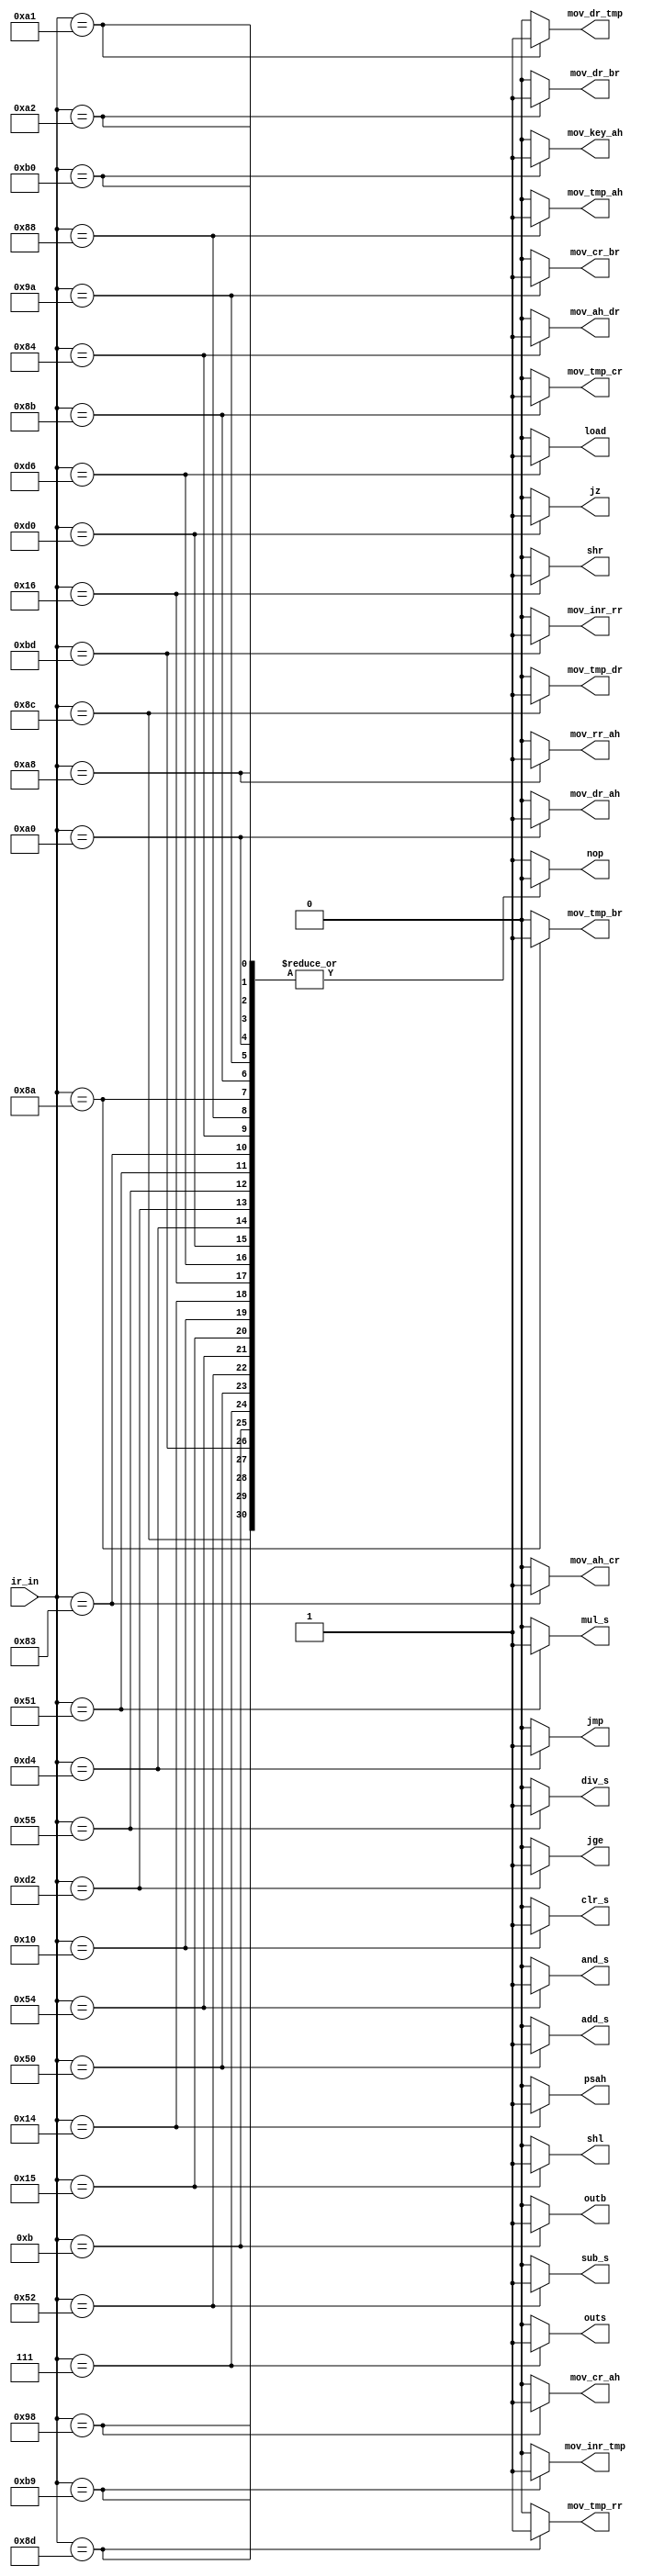
`timescale 1ns / 1ps
//////////////////////////////////////////////////////////////////////////////////


module inst_decoder(
    input [7:0] ir_in,
    output reg nop, outb, outs, add_s, sub_s, and_s, shl, clr_s, psah, shr, load, jz, jmp, jge, div_s, mul_s,
               mov_ah_cr, mov_ah_dr, mov_tmp_ah, mov_tmp_br, mov_tmp_cr, mov_tmp_dr, mov_tmp_rr, mov_cr_ah, 
               mov_cr_br, mov_dr_ah ,mov_dr_tmp, mov_dr_br, mov_rr_ah, mov_key_ah ,mov_inr_tmp, mov_inr_rr
    );

    always @(ir_in) begin
        {nop, outb, outs, add_s, sub_s, and_s, shl, clr_s, psah, shr, load, jz, jmp, jge, div_s, mul_s,
        mov_ah_cr, mov_ah_dr, mov_tmp_ah, mov_tmp_br, mov_tmp_cr, mov_tmp_dr, mov_tmp_rr, mov_cr_ah, 
        mov_cr_br, mov_dr_ah ,mov_dr_tmp, mov_dr_br, mov_rr_ah, mov_key_ah ,mov_inr_tmp, mov_inr_rr} <= 0;
        case (ir_in)
            8'h00 : nop         <= 1;
            8'h0B : outb        <= 1;
            8'h07 : outs        <= 1;
            8'h50 : add_s       <= 1;
            8'h52 : sub_s       <= 1;
            8'h54 : and_s       <= 1;
            8'h15 : shl         <= 1;
            8'h10 : clr_s       <= 1;
            8'h14 : psah        <= 1;
            8'h16 : shr         <= 1;
            8'hD6 : load        <= 1;
            8'hD0 : jz          <= 1;
            8'hD4 : jmp         <= 1;
            8'hD2 : jge         <= 1;
            8'h55 : div_s       <= 1;
            8'h51 : mul_s       <= 1;
            8'h83 : mov_ah_cr   <= 1; 
            8'h84 : mov_ah_dr   <= 1; 
            8'h88 : mov_tmp_ah  <= 1; 
            8'h8A : mov_tmp_br  <= 1; 
            8'h8B : mov_tmp_cr  <= 1; 
            8'h8C : mov_tmp_dr  <= 1;  
            8'h8D : mov_tmp_rr  <= 1; 
            8'h98 : mov_cr_ah   <= 1;
            8'h9A : mov_cr_br   <= 1;
            8'hA0 : mov_dr_ah   <= 1; 
            8'hA1 : mov_dr_tmp  <= 1; 
            8'hA2 : mov_dr_br   <= 1;
            8'hA8 : mov_rr_ah   <= 1;
            8'hB0 : mov_key_ah  <= 1;
            8'hB9 : mov_inr_tmp <= 1;
            8'hBD : mov_inr_rr  <= 1;
            default: nop <= 1;
        endcase
    end

endmodule